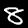
Digit: 8